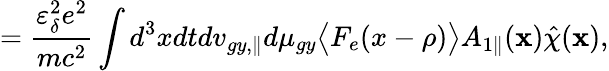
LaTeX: =\frac{\varepsilon_{\delta}^{2}e^{2}}{mc^{2}}\int d^{3}xdtdv_{gy,\parallel}d\mu_{gy}\bigl\langle F_{e}(x-\rho)\bigr\rangle{A}_{1\parallel}(\textbf{x})\hat{\chi}(\textbf{x}),